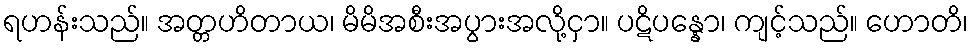
ရဟန်းသည်။ အတ္တဟိတာယ၊ မိမိအစီးအပွားအလို့ငှာ။ ပဋိပန္နော၊ ကျင့်သည်။ ဟောတိ၊